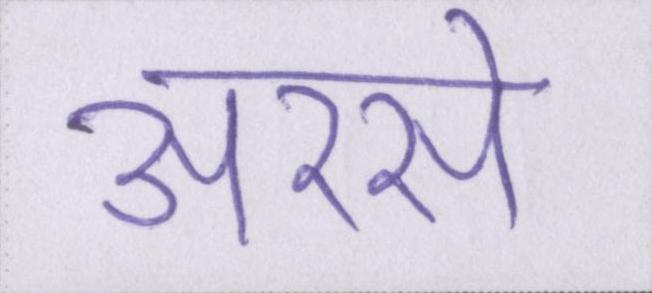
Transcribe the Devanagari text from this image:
अरसे